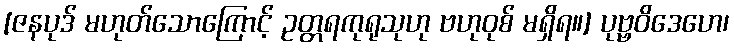
[ဇနပုဒ် မဟုတ်သောကြောင့် ဥတ္တရကုရုသုဟု ဗဟုဝုစ် မရှိရ။] ပုဗ္ဗဝိဒေဟေ၊